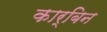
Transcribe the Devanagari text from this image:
कार्बिन